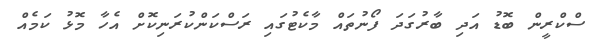
ސްކްރީން ބޮޑު އަދި ބާރުގަދަ ފޯނުތައް މާކެޓުގައި ރަސްކަންކުރަނިކޮށް އެހާ މޮޅު ކަމެއް